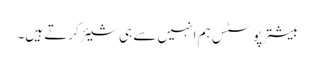
بیشتر پوسٹس ہم انہیں سے ہی شیئر کرتے ہیں۔